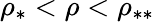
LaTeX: \rho_{*}<\rho<\rho_{**}